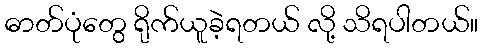
ဓာတ်ပုံတွေ ရိုက်ယူခဲ့ရတယ် လို့ သိရပါတယ်။